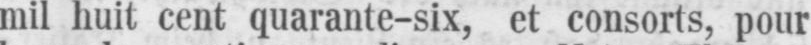
mil huit cent quarante-six, et consorts, pour